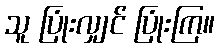
သူ ပြုံးလျှင် ပြုံးကြ။